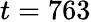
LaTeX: t=763